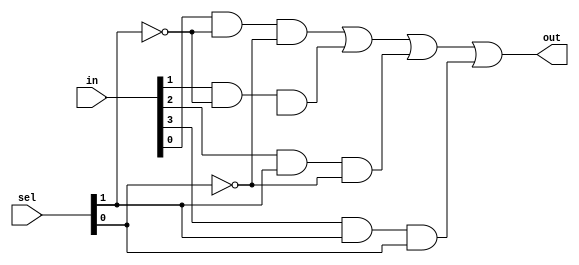
module MUX_4TO1_GATE(input [3: 0] in, input [1: 0] sel, output out);
    wire N_S0, N_S1;

    wire AND_1, AND_2, AND_3, AND_4;

    not N0 (N_S0, sel[0]);
    not N1 (N_S1, sel[1]);

    and A0 (AND_1, in[0], N_S1, N_S0);
    and A1 (AND_2, in[1], N_S1, S0);
    and A2 (AND_3, in[2], sel[1], N_S0);
    and A3 (AND_4, in[3], sel[1], sel[0]);

    or OR0 (out, AND_1, AND_2, AND_3, AND_4);
endmodule

//16TO1 MUX USING THE 4TO1 MUX
module MUX_16TO1 (output out, input [15: 0] in,
input [3: 0] sel);
wire [3: 0] MuxOutputs;
    MUX_4TO1_GATE M0 (in[15: 12], sel[1: 0], MuxOutputs[0]);
    MUX_4TO1_GATE M1 (in[11: 8], sel[1: 0], MuxOutputs[1]);
    MUX_4TO1_GATE M2 (in[7: 4], sel[1: 0], MuxOutputs[2]);
    MUX_4TO1_GATE M3 (in[3: 0], sel[1: 0], MuxOutputs[3]);
    
    MUX_4TO1_GATE M4 (MuxOutputs, sel[3: 2], out);
endmodule